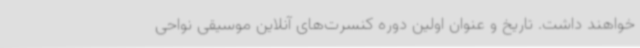
خواهند داشت. تاریخ و عنوان اولین دوره کنسرت‌های آنلاین موسیقی نواحی